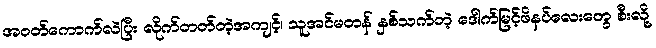
အဝတ်ကောက်လဲပြီး လိုက်တတ်တဲ့အကျင့်၊ သူအင်မတန် နှစ်သက်တဲ့ ဒေါက်မြင့်ဖိနပ်လေးတွေ စီးလို့